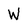
Character: W